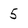
Character: 5